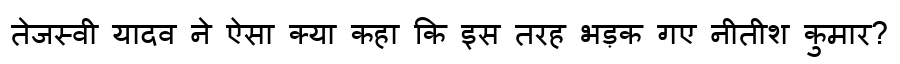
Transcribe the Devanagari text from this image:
तेजस्वी यादव ने ऐसा क्या कहा कि इस तरह भड़क गए नीतीश कुमार?